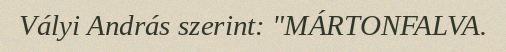
Vályi András szerint: "MÁRTONFALVA.